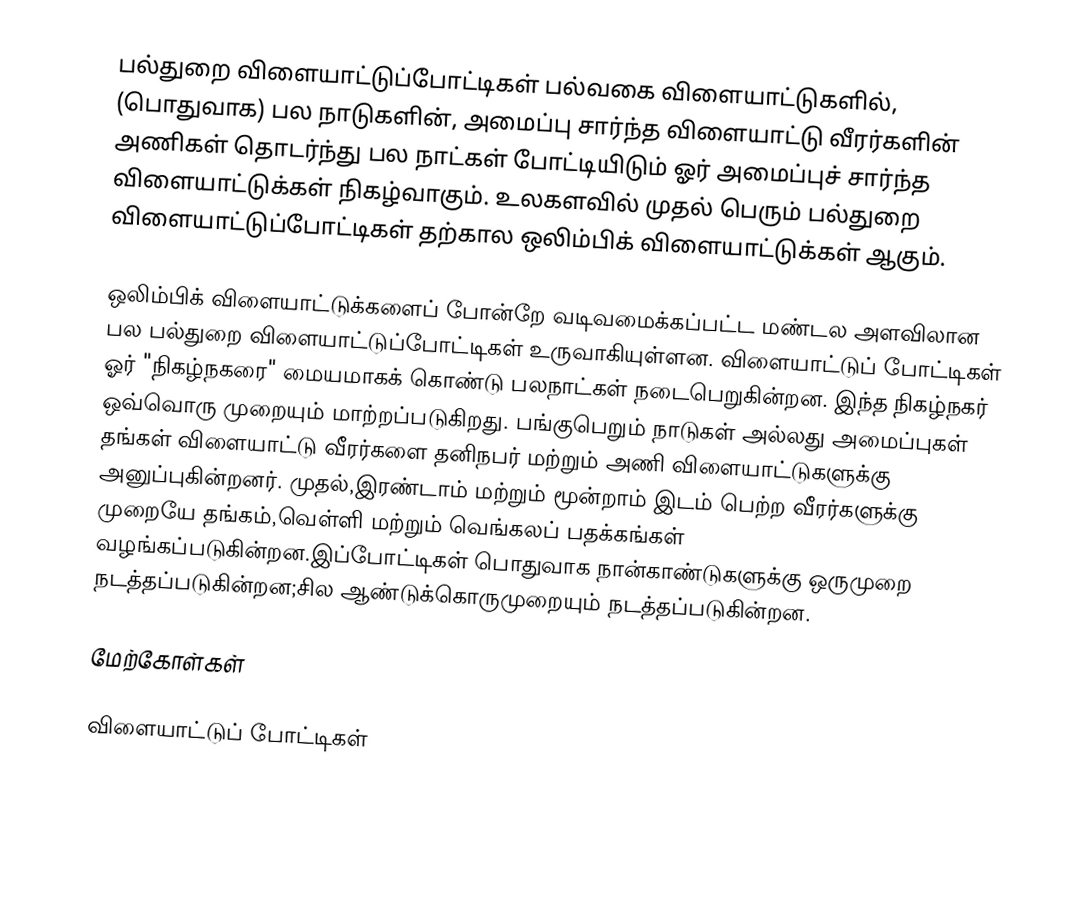
பல்துறை விளையாட்டுப்போட்டிகள் பல்வகை விளையாட்டுகளில், (பொதுவாக) பல நாடுகளின், அமைப்பு சார்ந்த விளையாட்டு வீரர்களின் அணிகள் தொடர்ந்து பல நாட்கள் போட்டியிடும் ஓர் அமைப்புச் சார்ந்த விளையாட்டுக்கள் நிகழ்வாகும். உலகளவில் முதல் பெரும் பல்துறை விளையாட்டுப்போட்டிகள் தற்கால ஒலிம்பிக் விளையாட்டுக்கள் ஆகும்.

ஒலிம்பிக் விளையாட்டுக்களைப் போன்றே வடிவமைக்கப்பட்ட மண்டல அளவிலான பல பல்துறை விளையாட்டுப்போட்டிகள் உருவாகியுள்ளன. விளையாட்டுப் போட்டிகள் ஓர் "நிகழ்நகரை" மையமாகக் கொண்டு பலநாட்கள் நடைபெறுகின்றன. இந்த நிகழ்நகர் ஒவ்வொரு முறையும் மாற்றப்படுகிறது. பங்குபெறும் நாடுகள் அல்லது அமைப்புகள் தங்கள் விளையாட்டு வீரர்களை தனிநபர் மற்றும் அணி விளையாட்டுகளுக்கு அனுப்புகின்றனர். முதல்,இரண்டாம் மற்றும் மூன்றாம் இடம் பெற்ற வீரர்களுக்கு முறையே தங்கம்,வெள்ளி மற்றும் வெங்கலப் பதக்கங்கள் வழங்கப்படுகின்றன.இப்போட்டிகள் பொதுவாக நான்காண்டுகளுக்கு ஒருமுறை நடத்தப்படுகின்றன;சில ஆண்டுக்கொருமுறையும் நடத்தப்படுகின்றன.

மேற்கோள்கள்

விளையாட்டுப் போட்டிகள்